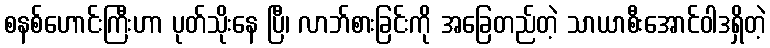
စနစ်ဟောင်းကြီးဟာ ပုတ်သိုးနေ ပြီ၊ လာဘ်စားခြင်းကို အခြေတည်တဲ့ သာယာစီးအောင်ဝါဒရှိတဲ့